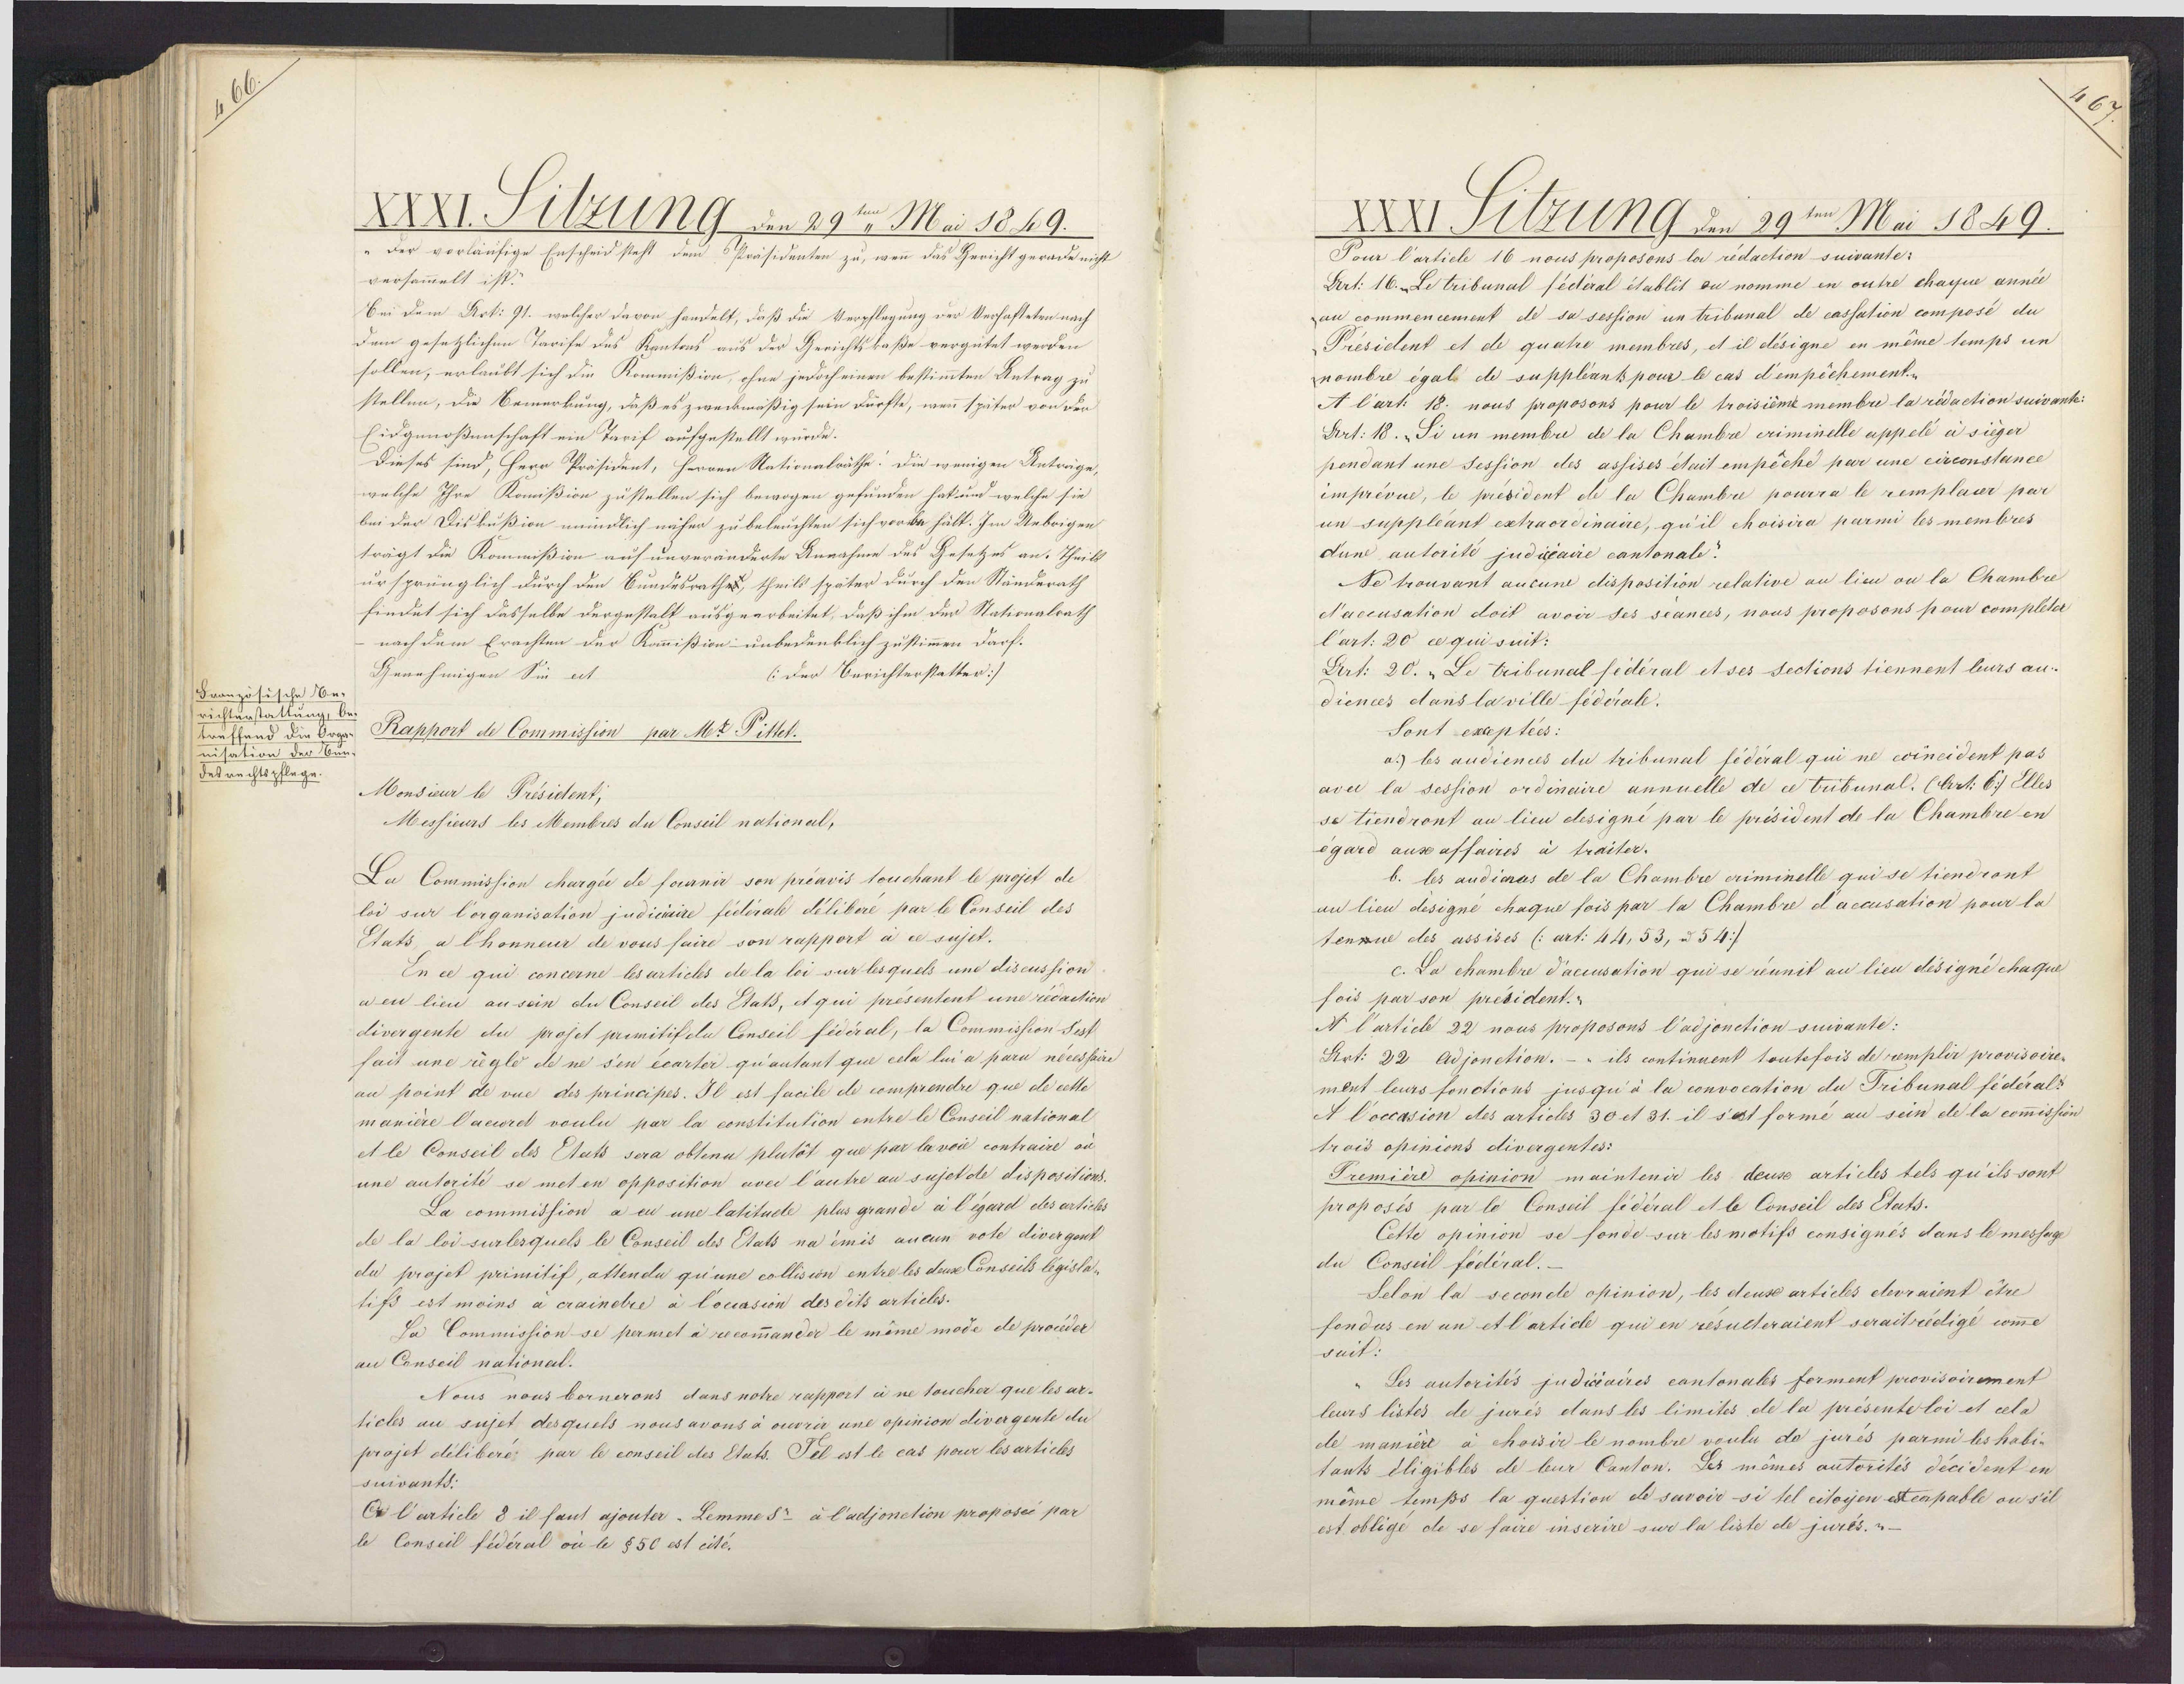
XXXI. Pitzung den 29ten Mai 1849.
„der vorläufige Enscheid steht dem Präsidenten zu, wenn das Gericht gerade nicht
versammelt ist."
Bei dem Art: 91. welcher davon handelt, daß die Verpflegung der Verhafteten nach
dem gesetzlichen Tarife des Kantons aus der Gerichtsbaße vergütet werden
sollen, erlaubt sich die Kommißion, ohne jedoch einen bestimmten Antrag zu
stellen, die Bemerkung, daß es zweckmäßig sein dürfte, wenn später von der
Eidgenoßenschaft ein Tarif aufgestellt würde.
Dieses sind, Herr Präsident, Herren Nationalräthe! Die wenigen Anträge
welche Ihre Komißion zustellen sich bewogen gefunden hat und welche sie
bei der Disbußion mündlich näher zu beleuchten sich vorbe hält. Im Uebrigen
trägt die Kommißion auf unveränderte Annahme des Gesetzes an. Theils
ursprünglich durch den Bundesrathes, theils später durch der Ständerath
findet sich dasselbe dergestalt ausgearbeitet, daß ihm der Nationalrath
nach dem Erachten der Kammißion unbedenklich zustimmen darf.
Genehmigen Sie est
(der Berichterstatter)
Französische Be¬
richterstattung, be¬
Rapport de Commission par Mr. Pittet.
treffend die Org
nisation der Eim¬
Dedrechtspflege.
Monsieur le Président,
Messieurs les Membres du Conseil national,

La Commission chargée de fournir son préavis touchant le projet de
loi sur l'organisation judicaire fédérale délibéré par le Conseil des
Etats, a l'honneur de vous faire son rapport à ce sujet
En ce qui concerne les articles de la loi sur lesquels une discussion
a eu lieu au sein du Conseil des Etats et qui présentent une rédaction
divergente du projet primitif du Conseil fidéral, la Commission s'est
fait une règle de ne s'en écarter qu'autant que cela lui a paru nécessaire
au point de vue des principes. Il est facile de comprendre que de cette
manière l'accord voulu par la constitution entre le Conseil national
et le Conseil des Etats sera obtenu plutôt que par la voie contraire ou
une autorité se met en opposition avec l'autre au sujet de dispositions
La commission a eu une latitude plus grande à l'égard des articles
de la loi surlesquels le Conseil des Etats na émis aucun vote divergent
du projet primitif, attendu qu'une collision entre les deux Conseils législa¬
tilfs est moins à craindre à l'occasion des dits articles.
La Commission se permet à recommander le même mode de procéder
au Conseil national
Nous nous bornerons dans notre rapport à ne toucher que les ar¬
ticles au sujet desquels nous avons à ouvrir une opinion divergente du
projet déliberé par le conseil des Etats. Tel est le cas pour les articles
suivants.
Or l'article 8 il faut ajouter : Lemmesr à l'adjonction proposée par
le Conseil fédéral où le §50 est cité.

Pitzung den 29ten Mai 1849
Pour l'article 16 nous proposons la redaction suivante:
Dat: 16. Le tribunal fédéral établit ou nomme en outre chaque année
au commencement de sa session un tribunal de cassation composé du
Président et de quatre membres, et il désigne en même temps un
nombre égal de suppléants pour le cas d'empêchement.
A l'art 18. nous proposons pour le troisième membre la rédaction suivante
Dert 18. Si un membre de la Chambre criminelle appelé à siéger
pendant une Session des assises était empêché par une circonstance
imprévue, le président de la Chambre pourra le remplacer par
un suppléant extraordinaire, qu'il choisira parmi les membres
d'une autorité judiciaire cantonale.
Ne trouvant aucune disposition relative au lieu ou la Chambre
d'accusation doit avoir ses séances, nous proposons pour completer
l'art: 20 ce qui suit:
Lirt 20. Le tribunal fédéral et ses section tiennent leurs au¬
diencez dans la ville fédérale.

sont exceptées:
a) les audience du tribunal fédéral qui ne coïncident pas
avec la session ordinaire annuelle de ce tribunal. (Art. 6) Elles
se tiendront au lieu designé par le président de la Chambre en
égard aux affaires à traiter.
b. les audières de la Chambre criminelle qui se tiendront
au lieu designé chaque fois par la Chambre d'accusation pour la
tenzue des assises (art. 44, 53, u 54:)
c. La chambre d'accusation qui se réunit au lieu désigné chaque
fois par son président.
A l'article 22 nous proposons l'adjonction suivante:
Stot: 22 Adjonction. - " ils continuent toutefois de remplir provisoire
ment leurs fonctions jusqu'à la convocation du Tribunal fédéral.
A l'occasion des articles 30 et 31. il s'est formé au sein de la commission
trois opinions divergentes.
Première opinion maintenir les deux articles tels qu'ils sont
proposés par le Conseil fédéral et le conseil des Etats.
Cette opinion se fonde sur les motifs consignés dans le message
du Conseil fédéral.
Selon la seconde opinion, les deux articles devraient être
fondus en un et l'article qui en résulteraient serait rédigé comme
suit.
Les autorités judiciaires cantonales forment provisoirement
leurs listes de jurés dans les limites de la présente loi et cela
de manière à choisir le nombre voulu de jurés parmi les habi¬
tants éligibles de leur Canton. Les mêmes autorités décident en
même temps la question de savoir si tel citoyen est capable ou s'il
est obligé de se faire inscrire sur la liste de jurés.